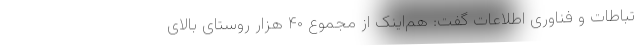
تباطات و فناوری اطلاعات گفت: هم‌اینک از مجموع ۴۰ هزار روستای بالای